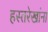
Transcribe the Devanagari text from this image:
हस्तरेखांना